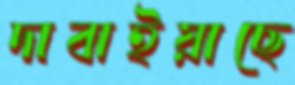
দাবাইয়াছে